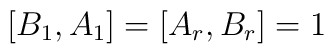
[B_{1}, A_{1}] = [A_{r}, B_{r}] = 1